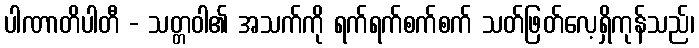
ပါဏာတိပါတီ - သတ္တဝါ၏ အသက်ကို ရက်ရက်စက်စက် သတ်ဖြတ်လေ့ရှိကုန်သည်၊